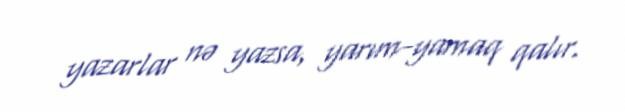
yazarlar nə yazsa, yarım-yamaq qalır.